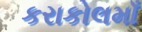
કરાકોલમાઁ